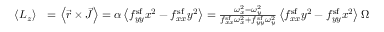
\begin{array} { r l } { \left< L _ { z } \right> } & { = \left< \vec { r } \times \vec { J } \right> = \alpha \left< f _ { y y } ^ { \mathrm { s f } } x ^ { 2 } - f _ { x x } ^ { \mathrm { s f } } y ^ { 2 } \right> = \frac { \omega _ { x } ^ { 2 } - \omega _ { y } ^ { 2 } } { f _ { x x } ^ { \mathrm { s f } } \omega _ { x } ^ { 2 } + f _ { y y } ^ { \mathrm { s f } } \omega _ { y } ^ { 2 } } \left< f _ { x x } ^ { \mathrm { s f } } y ^ { 2 } - f _ { y y } ^ { \mathrm { s f } } x ^ { 2 } \right> \Omega } \end{array}